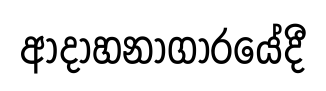
ආදාහනාගාරයේදී